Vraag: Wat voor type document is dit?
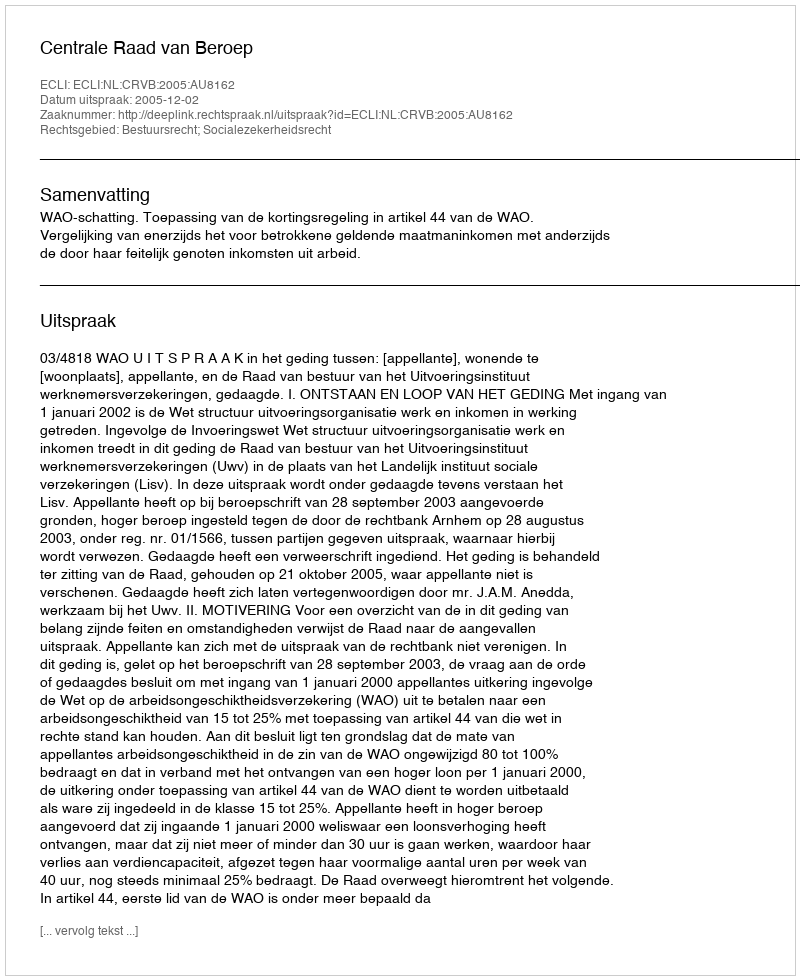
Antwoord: Uitspraak